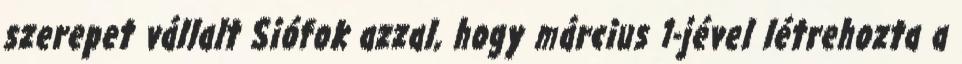
szerepet vállalt Siófok azzal, hogy március 1-jével létrehozta a